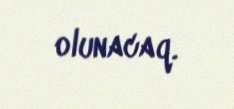
olunacaq.